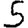
Digit: 5